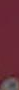
.